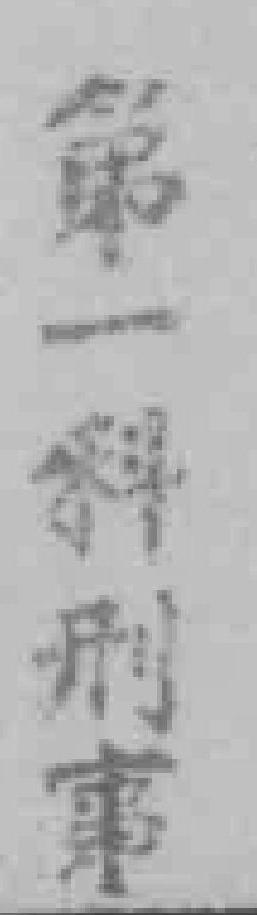
第一科刑事